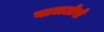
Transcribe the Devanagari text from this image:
बालटोरो